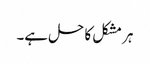
ہر مشکل کا حل ہے۔